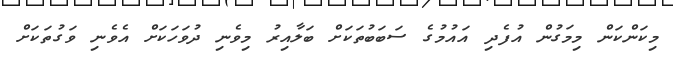
މިކަންކަން މިމަގުން އުފެދި އައުމުގެ ސަބަބުތަކަށް ބަލާއިރު މިވެނި ދުވަހަކަށް އެވެނި ވަގުތަކަށް